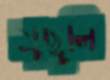
মুছুলি